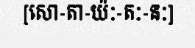
[សោ-តា-យ៉ៈ-តៈ-នៈ]